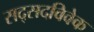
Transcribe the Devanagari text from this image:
सद्सदविवेक